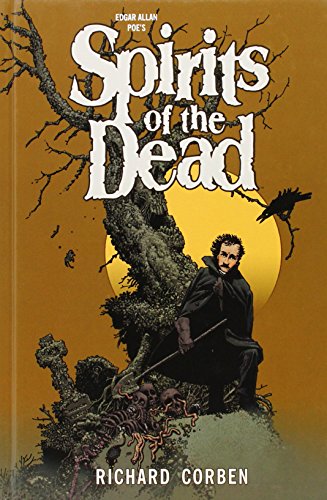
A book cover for Edgar Allan Poe's Spirits of the Dead; Richard Corben; Comics & Graphic Novels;